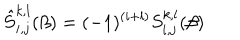
\hat { S } _ { i , j } ^ { k , l } ( \beta ) = ( - 1 ) ^ { ( i + l ) } S _ { i , j } ^ { k , l } ( \beta )